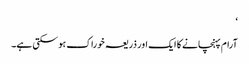
‘
آرام پہنچانے کا ایک اور ذریعہ خوراک ہو سکتی ہے۔